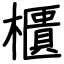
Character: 櫃